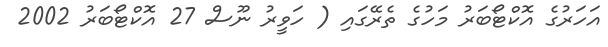
އަހަރުގެ އޮކްޓޯބަރު މަހުގެ ތެރޭގައި ( ހަވީރު ނޫސް 27 އޮކްޓޯބަރު 2002